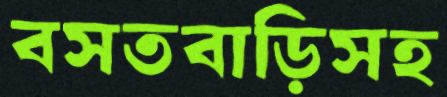
বসতবাড়িসহ